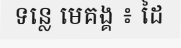
ទន្លេ មេគង្គ ៖ ដៃ